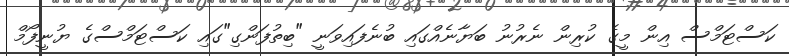
ކަސްޓަމްސް އިން މީގެ ކުރިން ނެރުނު ބަޔާނެއްގައި ބުނެފައިވަނީ "ބިތުފަންގި"ގައި ކަސްޓަމްސްގެ ޔުނީފޯމް